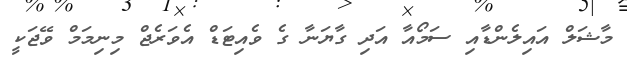
މާޝަލް އައިލެންޑާއި ސަމޯއާ އަދި ގާޔަނާ ގެ ވެއިޓަޑް އެވަރެޖް މިނިމަމް ވޭޖަކީ